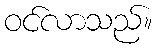
ဝင်လာသည်။